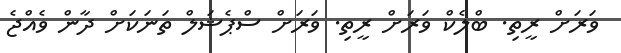
ވަރަށް ރީތި. ބްލެކް ވަރަށް ރީތި. ވަރަށް ސްޕެޝަލް ތަނަކަށް ދާން ވެއްޖެ